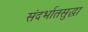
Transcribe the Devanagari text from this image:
संदर्भातसुद्धा